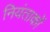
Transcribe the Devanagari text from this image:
नियंताकों